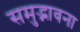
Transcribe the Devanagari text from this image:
समुद्भावना